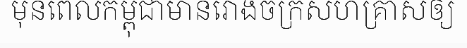
មុនពេលកម្ពុជាមានរោងចក្រសហគ្រាសឲ្យ